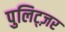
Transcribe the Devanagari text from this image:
पुलिट्ज़र